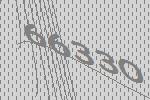
66330